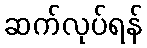
ဆက်လုပ်ရန်